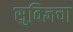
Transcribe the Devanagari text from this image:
सुविज्ञचा